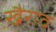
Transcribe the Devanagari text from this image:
खैराव